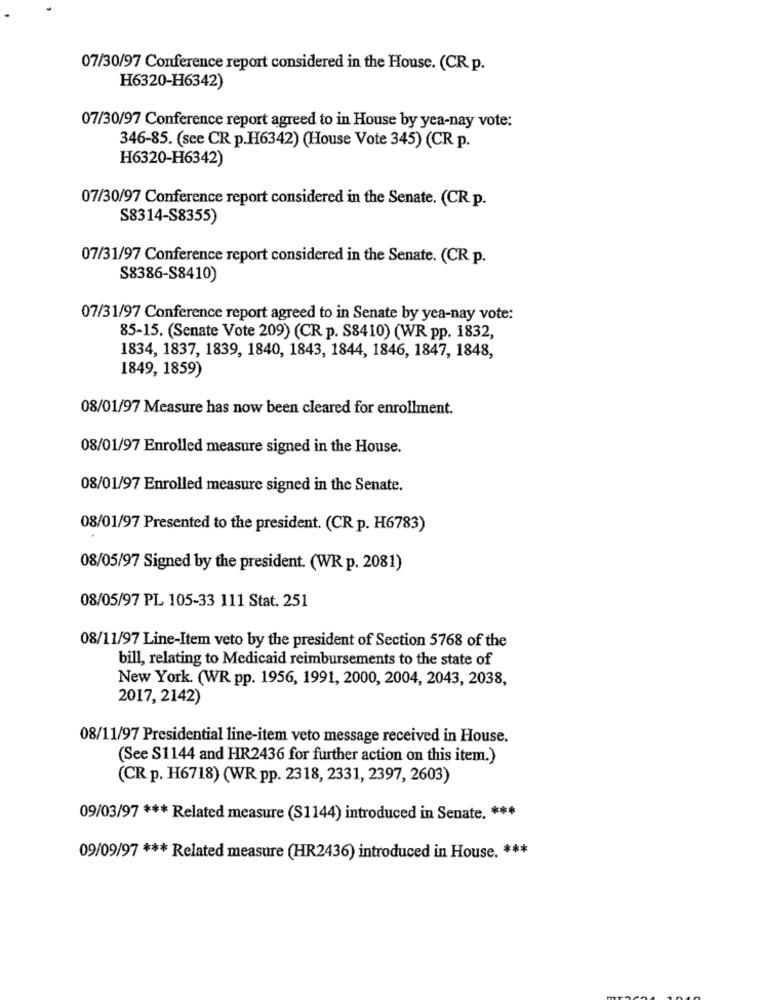
07/30/97 Conference report considered in the House. (CR p.
H6320-H6342)
07/30/97 Conference report agreed to in House by yea-nay vote:
346-85. (see CR p.H6342) (House Vote 345) (CR p.
H6320-H6342)
07/30/97 Conference report considered in the Senate. (CR p.
S8314-S8355)
07/31/97 Conference report considered in the Senate. (CR p.
S8386-S8410)
07/31/97 Conference report agreed to in Senate by yea-nay vote:
85-15. (Senate Vote 209) (CR p. S8410) (WR pp. 1832,
1834, 1837, 1839, 1840, 1843, 1844, 1846, 1847, 1848,
1849, 1859)
08/01/97 Measure has now been cleared for enrollment.
08/01/97 Enrolled measure signed in the House.
08/01/97 Enrolled measure signed in the Senate.
08/01/97 Presented to the president. (CR p. H6783)
08/05/97 Signed by the president. (WR p. 2081)
08/05/97 PL 105-33 111 Stat. 251
08/11/97 Line-Item veto by the president of Section 5768 of the
bill, relating to Medicaid reimbursements to the state of
New York. (WR pp. 1956, 1991, 2000, 2004, 2043, 2038,
2017, 2142)
08/11/97 Presidential line-item veto message received in House.
(See S1144 and HR2436 for further action on this item.)
(CR p. H6718) (WR pp. 2318, 2331, 2397, 2603)
09/03/97 *** Related measure (S1144) introduced in Senate. ***
09/09/97 *** Related measure (HR2436) introduced in House. ***